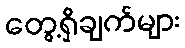
တွေ့ရှိချက်များ